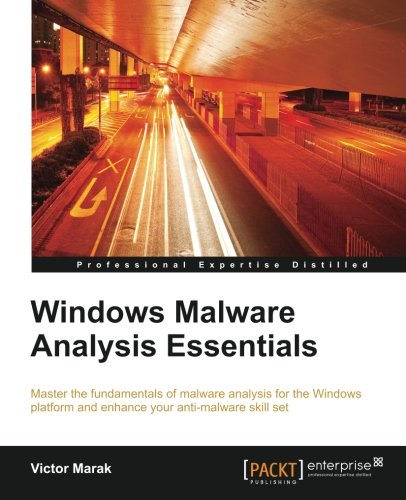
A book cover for Windows Malware Analysis Essentials; Victor Marak; Computers & Technology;